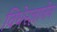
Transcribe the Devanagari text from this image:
विधेरज्ञानेन